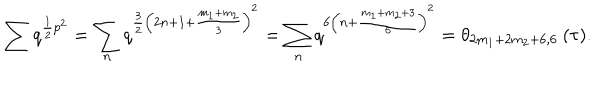
\sum q ^ { \frac { 1 } { 2 } p ^ { 2 } } = \sum _ { n } q ^ { \frac { 3 } { 2 } \left( 2 n + 1 + \frac { m _ { 1 } + m _ { 2 } } { 3 } \right) ^ { 2 } } = \sum _ { n } q ^ { 6 \left( n + \frac { m _ { 1 } + m _ { 2 } + 3 } { 6 } \right) ^ { 2 } } = \theta _ { 2 m _ { 1 } + 2 m _ { 2 } + 6 , 6 } \: ( \tau ) .